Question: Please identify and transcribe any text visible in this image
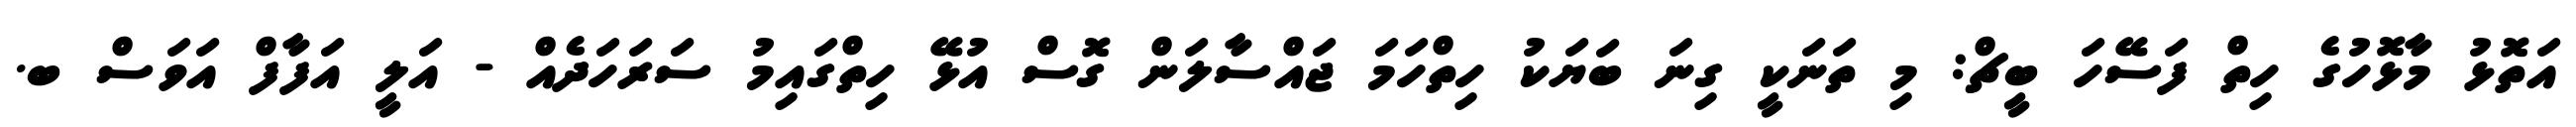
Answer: އަތޮޅު މާޅޮހުގެ ހިތް ފަސޭހަ ބީޗް: މި ތަނަކީ ގިނަ ބަޔަކު ހިތްހަމަ ޖައްސާލަން ގޮސް އުޅޭ ހިތްގައިމު ސަރަހަދެއް - އަލީ އަފާފް އަވަސް ބ.